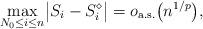
LaTeX: \begin{align*} \max_{N_0 \le i \le n} \bigl|S_i -S_i^\diamond\bigr| = o_\mathrm{ a.s.}\bigl(n^{1/p}\bigr),\end{align*}